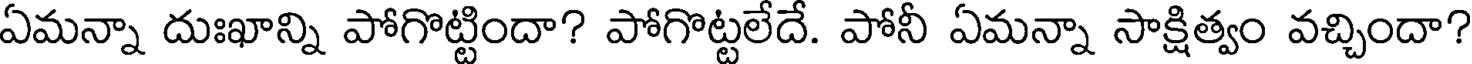
ఏమన్నా దుఃఖాన్ని పోగొట్టిందా? పోగొట్టలేదే. పోనీ ఏమన్నా సాక్షిత్వం వచ్చిందా?